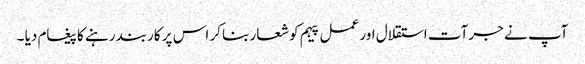
آپ نے جرآت استقلال اور عمل پیہم کو شعار بنا کر اس پر کاربند رہنے کا پیغام دیا ۔